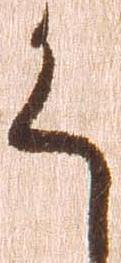
く